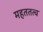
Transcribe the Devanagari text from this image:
महततत्व